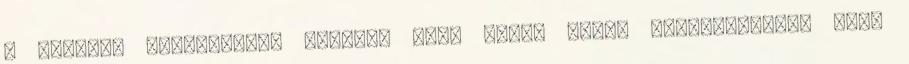
a balfasz szabályozás szerint csak rövid távra engedélyezett csak